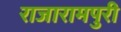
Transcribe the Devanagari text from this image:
राजारामपुरी